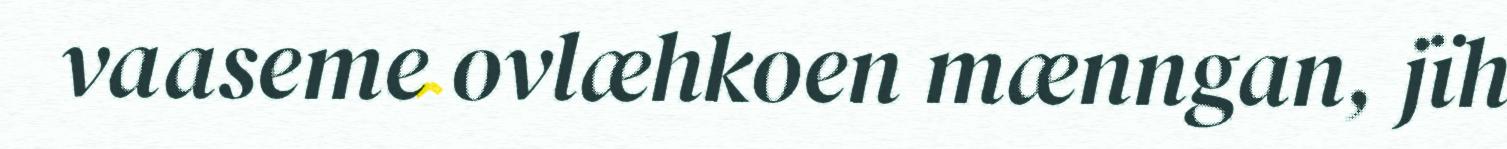
vaaseme ovlæhkoen mænngan, jïh